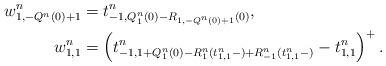
LaTeX: \begin{align*}w^n_{1,-Q^n(0)+1} & = t^n_{-1, Q^n_1(0) - R_{1,-Q^n(0)+1}(0)}, \\w^n_{1,1} & = \left(t^n_{-1, 1+Q^n_1(0)-R^n_1(t^n_{1,1}-)+R^n_{-1}(t^n_{1,1}-)} - t^n_{1,1}\right)^+.\end{align*}